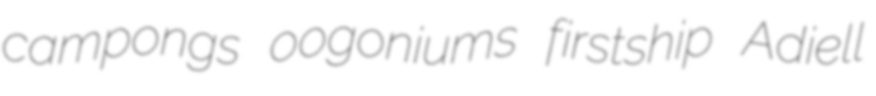
campongs oogoniums firstship Adiell